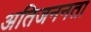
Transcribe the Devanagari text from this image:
अतिजननता